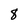
Character: 8